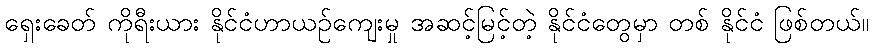
ရှေးခေတ် ကိုရီးယား နိုင်ငံဟာယဉ်ကျေးမှု အဆင့်မြင့်တဲ့ နိုင်ငံတွေမှာ တစ် နိုင်ငံ ဖြစ်တယ်။